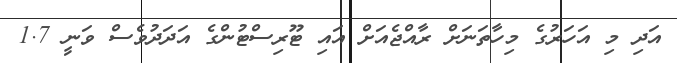
އަދި މި އަހަރުގެ މިހާތަނަށް ރާއްޖެއަށް އައި ޓޫރިސްޓުންގެ އަދަދުވެސް ވަނީ 1.7